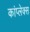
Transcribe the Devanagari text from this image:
कांप्लेक्स